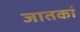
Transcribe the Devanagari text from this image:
जातकां